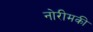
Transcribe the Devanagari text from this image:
नोरीमकी